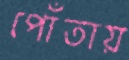
পোঁতায়